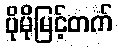
ပိုမိုမြင့်တက်